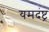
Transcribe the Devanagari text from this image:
यमदंष्ट्र